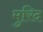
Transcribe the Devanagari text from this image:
मुरिद